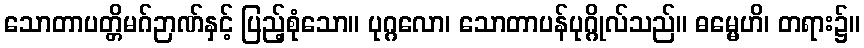
သောတာပတ္တိမဂ်ဉာဏ်နှင့် ပြည့်စုံသော။ ပုဂ္ဂလော၊ သောတာပန်ပုဂ္ဂိုလ်သည်။ ဓမ္မေဟိ၊ တရား၌။